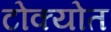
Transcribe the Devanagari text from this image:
टोक्योत